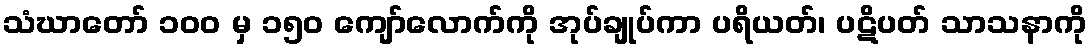
သံဃာတော် ၁၀၀ မှ ၁၅၀ ကျော်လောက်ကို အုပ်ချုပ်ကာ ပရိယတ်၊ ပဋိပတ် သာသနာကို